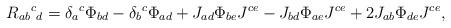
LaTeX: \begin{align*}R_{ab}{}^c{}_d=\delta_a{}^c\Phi_{bd}-\delta_b{}^c\Phi_{ad}+J_{ad}\Phi_{be}J^{ce}-J_{bd}\Phi_{ae}J^{ce}+2J_{ab}\Phi_{de}J^{ce},\end{align*}